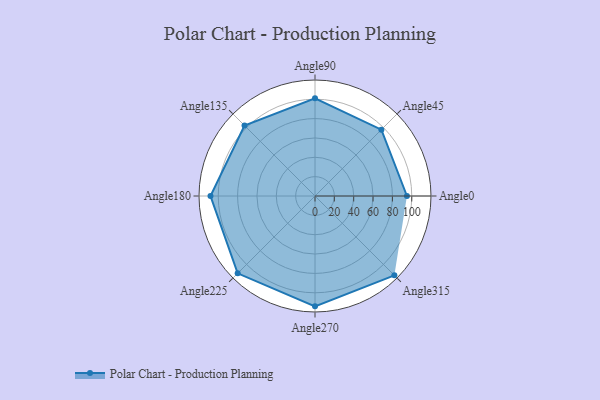
{"axis": {"x": "Angle", "y": "Radius"}, "legend": [""], "data": [{"x": "Angle0", "y": 95.0, "type": ""}, {"x": "Angle45", "y": 97.0, "type": ""}, {"x": "Angle90", "y": 101.0, "type": ""}, {"x": "Angle135", "y": 103.0, "type": ""}, {"x": "Angle180", "y": 108.0, "type": ""}, {"x": "Angle225", "y": 113.0, "type": ""}, {"x": "Angle270", "y": 114.0, "type": ""}, {"x": "Angle315", "y": 116.0, "type": ""}]}